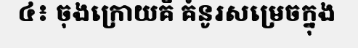
៤៖ ចុងក្រោយគឺ គំនូរសម្រេចក្នុង